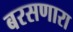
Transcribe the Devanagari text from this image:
बरसणारा